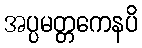
အပ္ပမတ္တကေနပိ